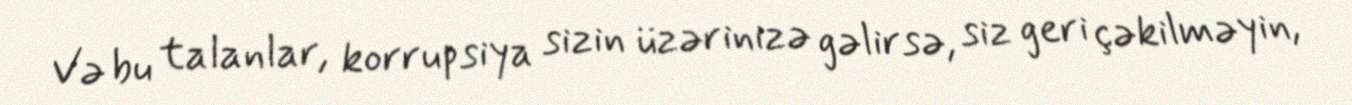
Və bu talanlar, korrupsiya sizin üzərinizə gəlirsə, siz geri çəkilməyin,